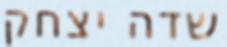
שדה יצחק